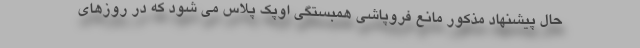
حال پیشنهاد مذکور مانع فروپاشی همبستگی اوپک پلاس می شود که در روزهای